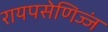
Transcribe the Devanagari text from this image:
रायपसेणिज्जं